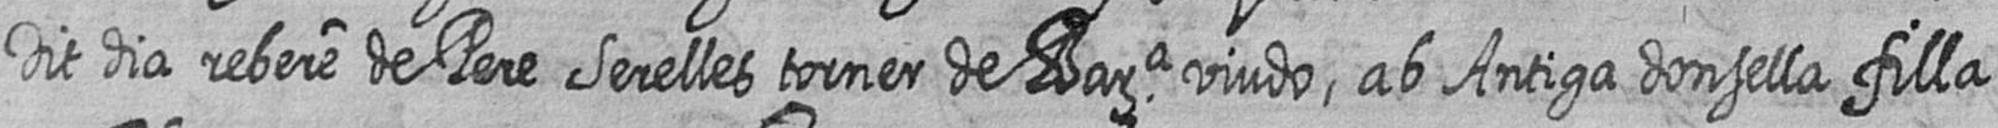
Dit dia rebere de Pere Serelles torner de Bara viudo ab Antiga donsella filla